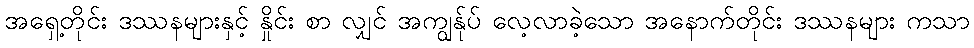
အရှေ့တိုင်း ဒဿနများနှင့် နှိုင်း စာ လျှင် အကျွန်ုပ် လေ့လာခဲ့သော အနောက်တိုင်း ဒဿနများ ကသာ